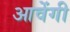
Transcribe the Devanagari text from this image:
आवेंगी